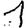
Digit: 1